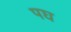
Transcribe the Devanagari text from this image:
पघ